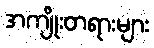
အကျိုးတရားများ